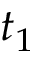
t _ { 1 }